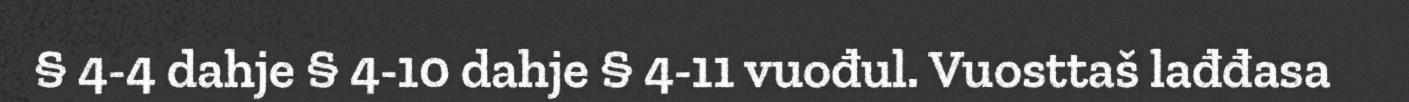
§ 4-4 dahje § 4-10 dahje § 4-11 vuođul. Vuosttaš lađđasa